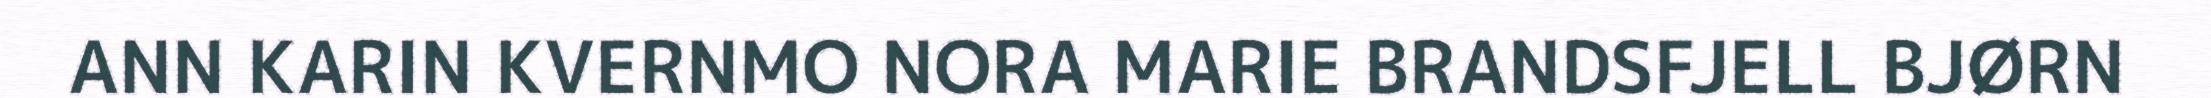
ANN KARIN KVERNMO NORA MARIE BRANDSFJELL BJØRN